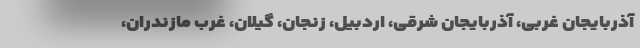
آذربایجان غربی، آذربایجان شرقی، اردبیل، زنجان، گیلان، غرب مازندران،